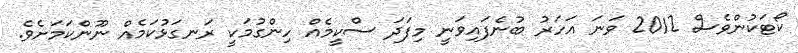
ކޯޓަކުންވެސް 2012 ވަނަ އަހަރު ބުނެފައިވަނީ މިފަދަ ސްކީމެއް ހިންގުމަކީ ރަނގަޅުކަމެއް ނޫންކަމަށެވެ.